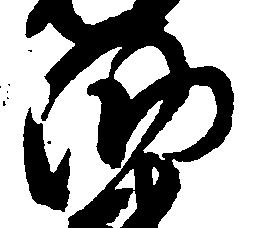
納